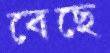
বেছে